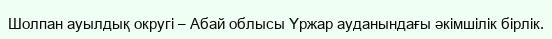
Шолпан ауылдық округі – Абай облысы Үржар ауданындағы әкімшілік бірлік.